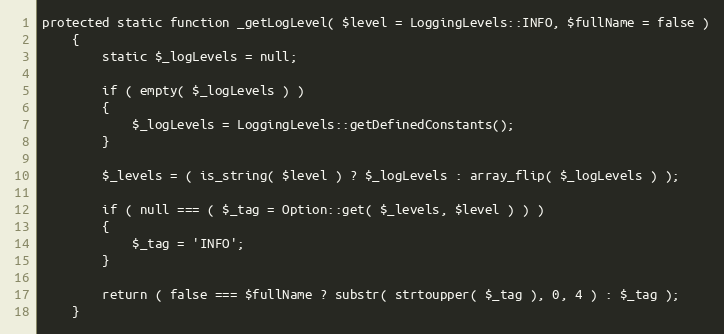
Language: PHP
protected static function _getLogLevel( $level = LoggingLevels::INFO, $fullName = false )
    {
        static $_logLevels = null;

        if ( empty( $_logLevels ) )
        {
            $_logLevels = LoggingLevels::getDefinedConstants();
        }

        $_levels = ( is_string( $level ) ? $_logLevels : array_flip( $_logLevels ) );

        if ( null === ( $_tag = Option::get( $_levels, $level ) ) )
        {
            $_tag = 'INFO';
        }

        return ( false === $fullName ? substr( strtoupper( $_tag ), 0, 4 ) : $_tag );
    }